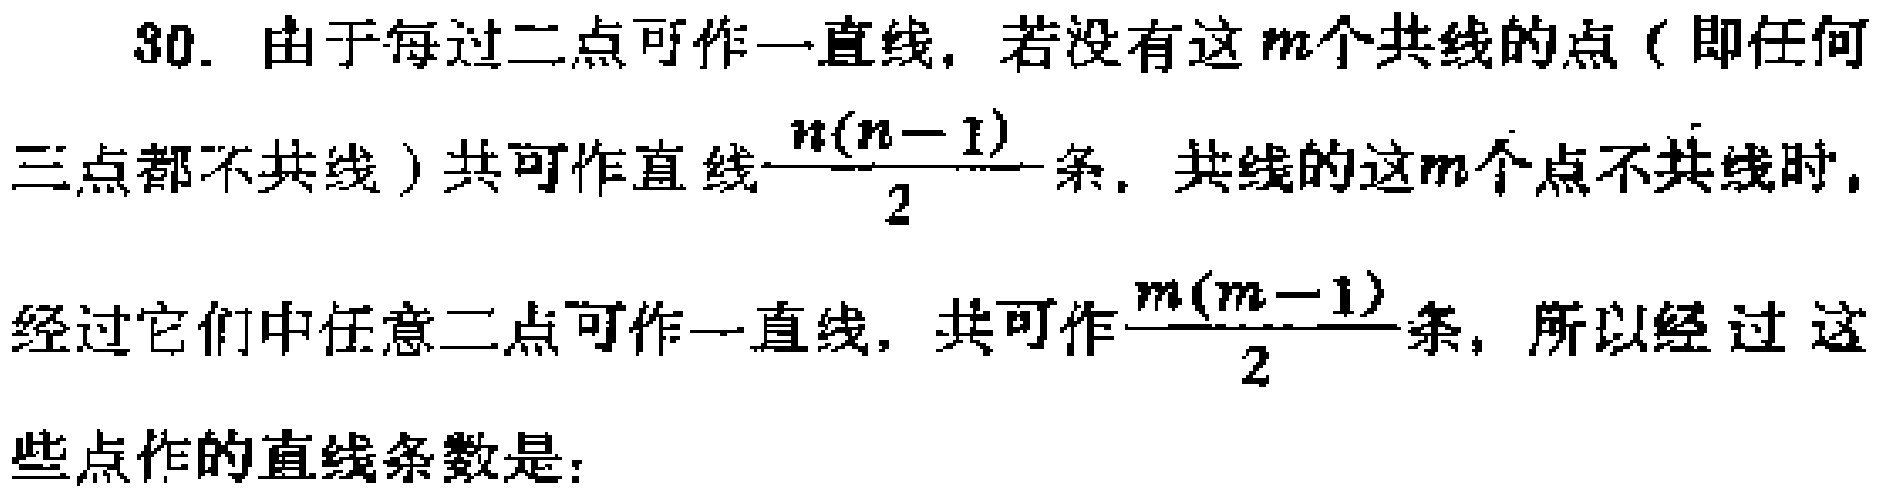
30. 由于每过二点可作一直线，若没有这\(m\)个共线的点（即任何三点都不共线）共可作直线\(\frac{n(n - 1)}{2}\)条，共线的这\(m\)个点不共线时，经过它们中任意二点可作一直线，共可作\(\frac{m(m - 1)}{2}\)条，所以经过这些点作的直线条数是：